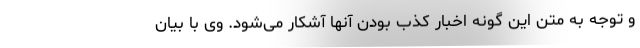
و توجه به متن این گونه اخبار کذب بودن آنها آشکار می‌شود. وی با بیان